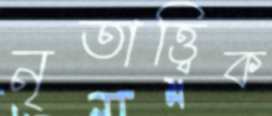
নৃতাত্ত্বিক